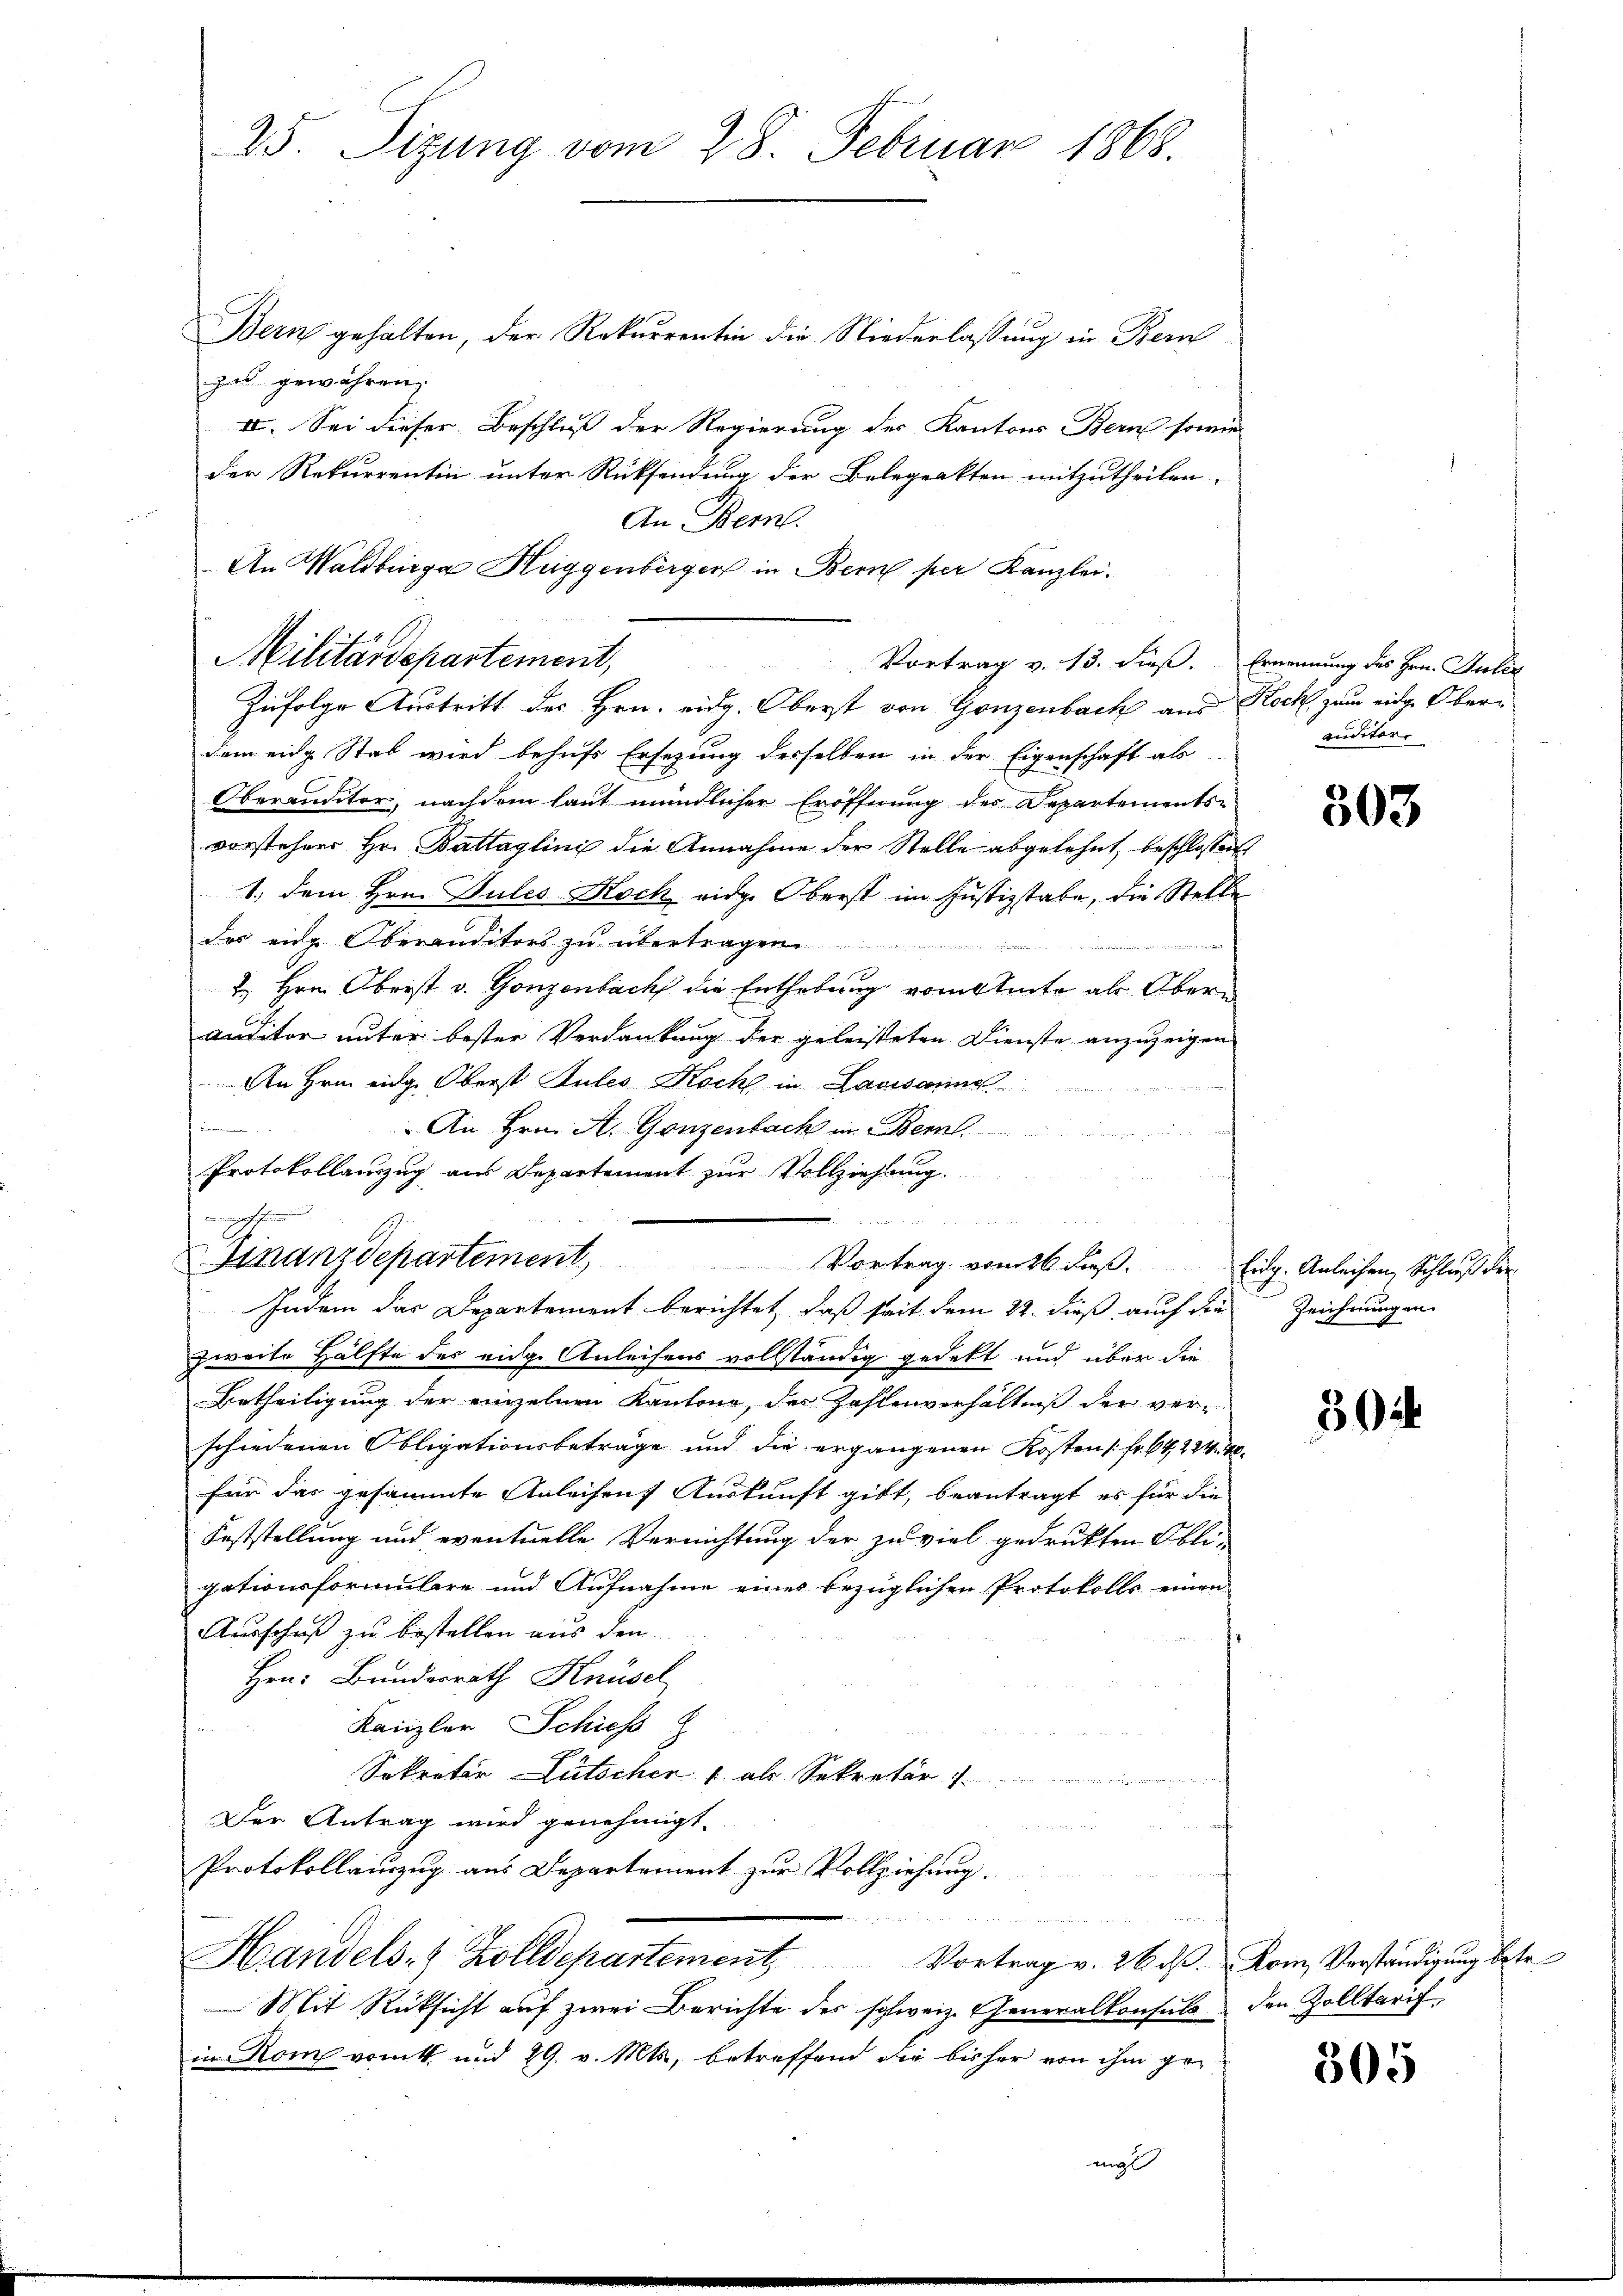
25. Sizung vom 28. Februar 1868.

Bern gehalten, der Rekurrentin die Niederlassung in Bern
zu gewähren,
IV. Sei dieser Beschluß der Regierung des Kantons Bern sowie
der Rekurrentin unter Rücksendung der Belegrakten mitzutheilen.
Zufolge Austritt des Hrn. eidg. Oberst von Gonzenbach aus Koch zum eidge Oberdem eine Stab wird behufs Ersezung desselben in der Eigenschaft als
Oberanditor, nachdem laut mündlicher Eröffnung des Departements-
vorstehers Hr. Battaglini die Annahme der Stelle abgelehnt, beschlossen
1., dem Hrn. Pules Koch eidg. Oberst im Justizstabe, die Stelle
des ein Oberanditors zu übertragen.
in einen un
. Hrn. Oberst v. Gonzenbach die Enthebung vom Amte als Oberauditor unter bester Verdankung der geleisteten Dienste anzuzeigen
An Hrn. eidg. Oberst Sules Koch in Lausanne
.
An Hrn. A. Ganzenbach in Berl
Protokollauszug aus Departement zur Vollziehung.
wigeruf eine ein und
u
i e n

Militärdepartement,

An Bern.
An Waldberga Huggenberger in Bern per Kanzlei-

Finanzdepartement,
Vortrag vom 26 dieß. Eidg. Anleihen Schluß der
Indem das Departement berichtet, daß seit dem 22. dieß auch die Zeichnungen

un

Vortrag v. 13. dieß. Ernennung des Hrn. Julia

2

zweite Hälfte des eidge Anleisens vollständig gedekt und über die
Betheiligung der einzelnen Kantone, der Zahlenverhältniß der ver-
schiedenen Obligationsbeträge und die ergangenen Kosten [Fr. 64, 224. M.
für das gesammte Anleihens Auskunft gibt, beantragt, es für die
Feststellung und eventuelle Vernichtung der zu viel gedruckten Obli-
gationsformulare und Aufnahme eines bezüglichen Protokolls einen
Ausschuß zu bestellen aus den
Hrn. Bunderrath Knüsel
Kanzler Schies
Sekretär Lütscher 1 als Sekretär
Der Antrag wird genehmigt.
Protokollauszug aus Departement zur Vollziehung.
e
Handels- & Zolldepartement. Vortrag v. 26 dβ. Rom Verständigung betr.
Mit Rücksicht auf zwei Berichte des schweiz. Generalkonsuls den Zolltarif
in Rom vom 1. und 29. v. Mts., betreffend die bisher von ihm ge¬

auditor

303

30

305